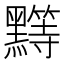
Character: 𱋺